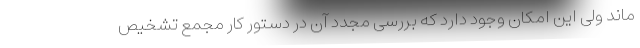
ماند ولی این امکان وجود دارد که بررسی مجدد آن در دستور کار مجمع تشخیص